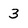
Character: 3